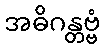
အဓိဂန္တဗ္ဗံ